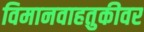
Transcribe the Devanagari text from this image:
विमानवाहतुकीवर